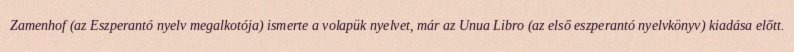
Zamenhof (az Eszperantó nyelv megalkotója) ismerte a volapük nyelvet, már az Unua Libro (az első eszperantó nyelvkönyv) kiadása előtt.